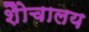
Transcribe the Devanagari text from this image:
शैोचालय